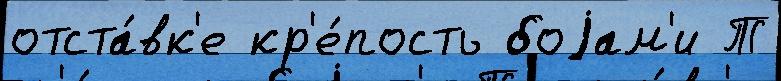
отста́вк'е кр'е́пость боjам'и Т